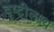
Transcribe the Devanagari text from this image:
दृष्टीलक्ष्य